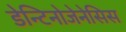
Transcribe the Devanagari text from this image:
डेन्टिनोजेनेसिस